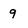
Character: 9